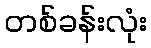
တစ်ခန်းလုံး